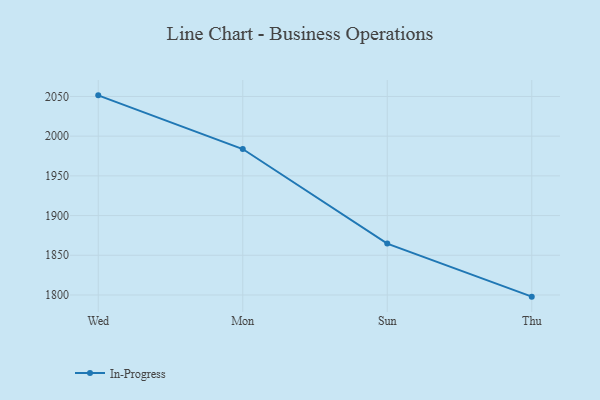
{"axis": {"x": "Day", "y": "Market Share (%)"}, "legend": ["In-Progress"], "data": [{"x": "Wed", "y": 2051.4, "type": "In-Progress"}, {"x": "Mon", "y": 1983.8, "type": "In-Progress"}, {"x": "Sun", "y": 1864.7, "type": "In-Progress"}, {"x": "Thu", "y": 1797.9, "type": "In-Progress"}]}